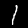
Label: 1